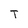
Character: T